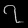
Digit: ၇